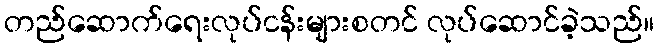
တည်ဆောက်ရေးလုပ်ငန်းများစတင် လုပ်ဆောင်ခဲ့သည်။